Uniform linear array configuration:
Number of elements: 4
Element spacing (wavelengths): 0.5
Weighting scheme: kaiser
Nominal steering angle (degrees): -45
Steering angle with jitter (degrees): -44.998
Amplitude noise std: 0.05
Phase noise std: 0.05

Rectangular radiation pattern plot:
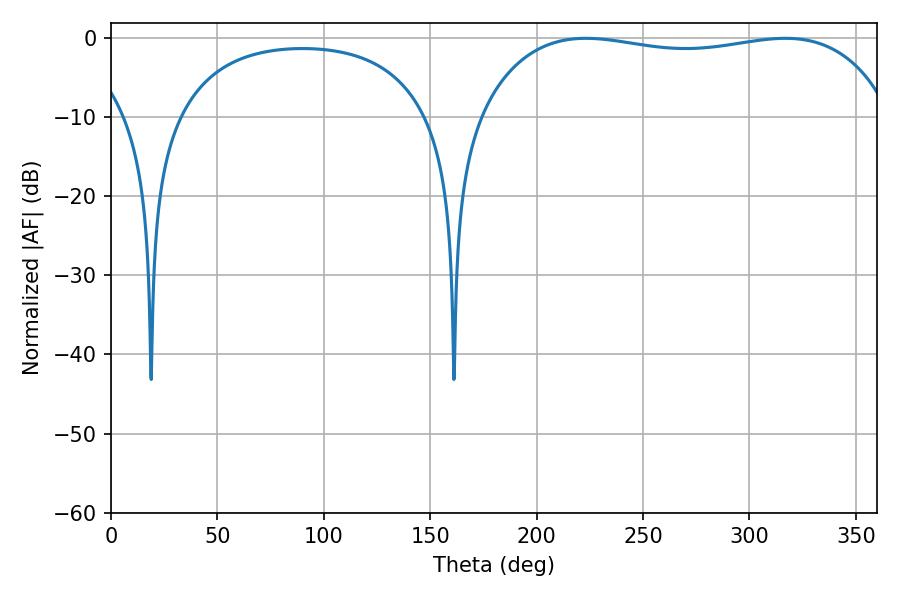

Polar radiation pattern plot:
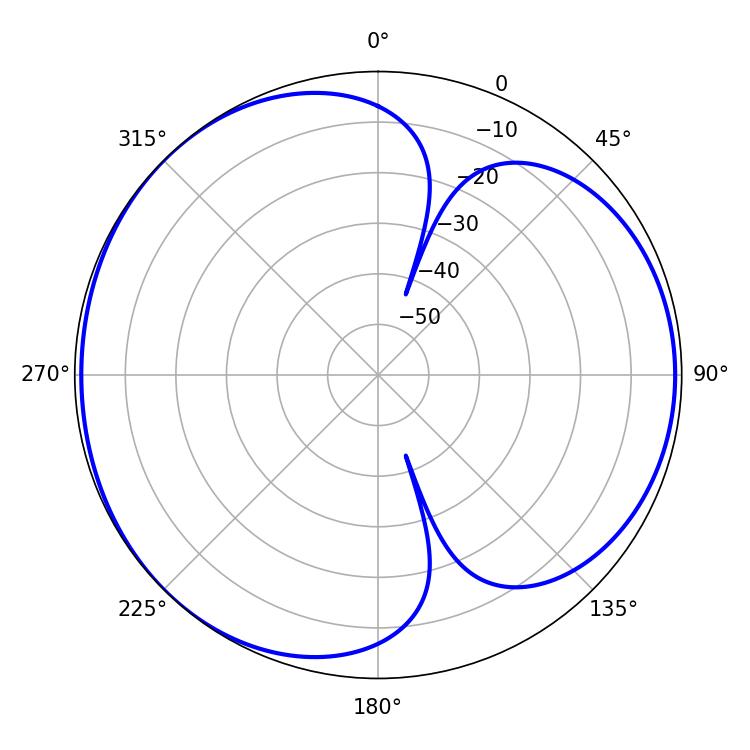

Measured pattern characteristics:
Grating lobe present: FALSE
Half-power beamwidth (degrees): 155.88
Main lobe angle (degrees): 223.2